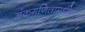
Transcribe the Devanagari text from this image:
अंकगणितामधील